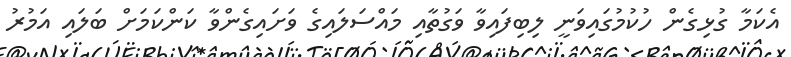
އެކަމާ ގުޅިގެން ހުކުމުގައިވަނީ ލިބިފައިވާ ވަގުތާއި މައްސަލައިގެ ވަށައިގެންވާ ކަންކަމަށް ބަލައި އަމުރު